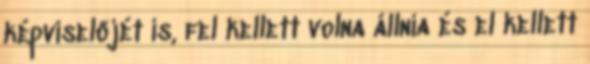
képviselőjét is, fel kellett volna állnia és el kellett